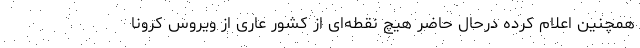
همچنین اعلام کرده درحال حاضر هیچ نقطه‌ای از کشور عاری از ویروس کرونا